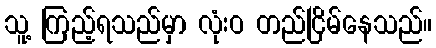
သူ့ ကြည့်ရသည်မှာ လုံးဝ တည်ငြိမ်နေသည်။